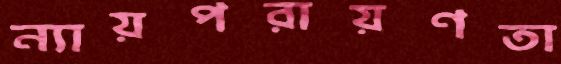
ন্যায়পরায়ণতা